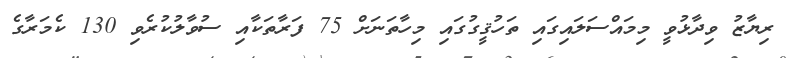
ރިޔާޒު ވިދާޅުވީ މިމައްސަލައިގައި ތަހުޤީގުގައި މިހާތަނަށް 75 ފަރާތަކާއި ސުވާލުކުރެވި 130 ކެމަރާގެ